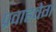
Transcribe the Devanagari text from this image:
प्रवाहवेग